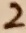
Text: 2